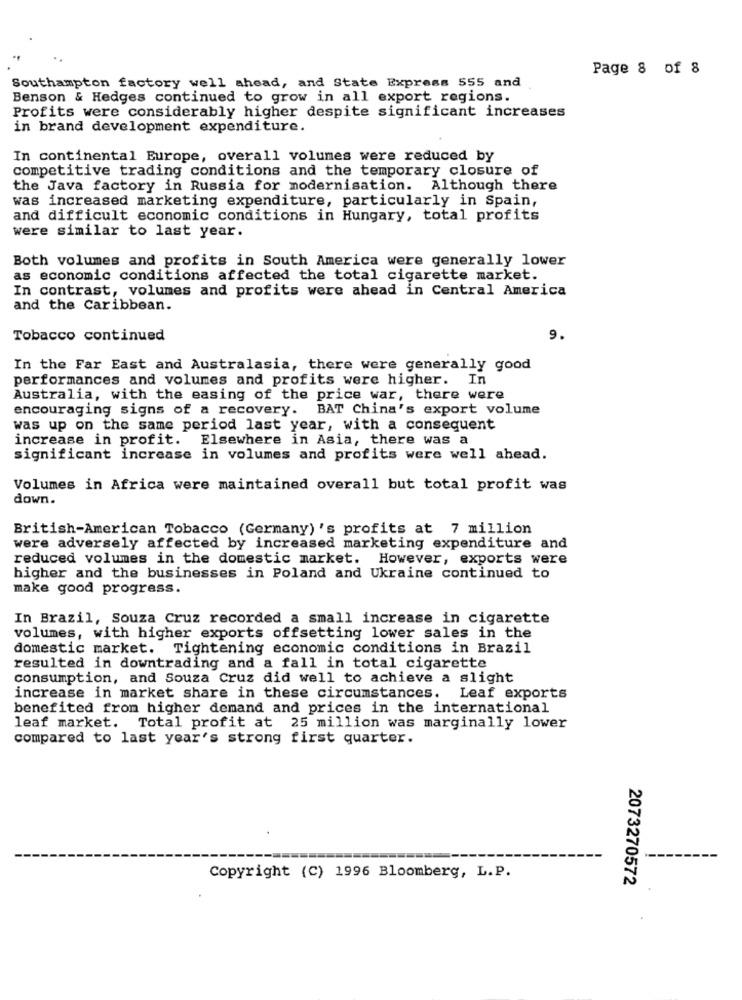
Page 8 of 8
Southampton factory well ahead, and State Express 555 and
Benson & Hedges continued to grow in all export regions.
Profits were considerably higher despite significant increases
in brand development expenditure.
In continental Europe, overall volumes were reduced by
competitive trading conditions and the temporary closure of
the Java factory in Russia for modernisation. Although there
was increased marketing expenditure, particularly in Spain,
and difficult economic conditions in Hungary, total profits
were similar to last year.
Both volumes and profits in South America were generally lower
as economic conditions affected the total cigarette market.
In contrast, volumes and profits were ahead in Central America
and the Caribbean.
Tobacco continued
9.
In the Far East and Australasia, there were generally good
performances and volumes and profits were higher. In
Australia, with the easing of the price war, there were
encouraging signs of a recovery. BAT China's export volume
was up on the same period last year, with a consequent
increase in profit.
Elsewhere in Asia, there was a
significant increase in volumes and profits were well ahead.
Volumes in Africa were maintained overall but total profit was
down.
British-American Tobacco (Germany) 's profits at 7 million
were adversely affected by increased marketing expenditure and
reduced volumes in the domestic market. However, exports were
higher and the businesses in Poland and Ukraine continued to
make good progress.
In Brazil, Souza Cruz recorded a small increase in cigarette
volumes, with higher exports offsetting lower sales in the
domestic market. Tightening economic conditions in Brazil
resulted in downtrading and a fall in total cigarette
consumption, and Souza Cruz did well to achieve a slight
increase in market share in these circumstances. Leaf exports
benefited from higher demand and prices in the international
leaf market. Total profit at 25 million was marginally lower
compared to last year's strong first quarter.
Copyright (C) 1996 Bloomberg, L.P.
2073270572